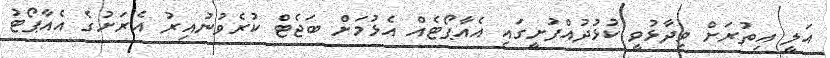
އަލީ އިތުރަށް ވިދާޅުވީ ކުޅުދުއްފުށީގައި އެއާޕޯޓެއް އެޅުމަށް ބަޖެޓް ކުރެވުނުއިރު އެރަށުގެ އެއާޕޯޓު